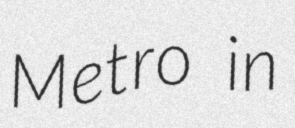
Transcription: Metro in